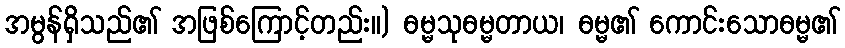
အမွန်ရှိသည်၏ အဖြစ်ကြောင့်တည်း။) ဓမ္မသုဓမ္မတာယ၊ ဓမ္မ၏ ကောင်းသောဓမ္မ၏